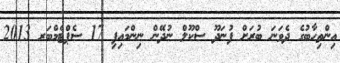
އިންތިހާބުގެ ދެވަނަ ބުރަށް ފުނަދޫ ސްކޫލް ނުދޭން ނިންމައިފި 17 ސެޕްޓެމްބަރ 2013